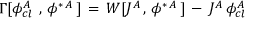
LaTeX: \Gamma [ \phi _ { c l \, \, } ^ { A } \, , \, \phi ^ { \ast \, A } \, ] \, = \, { \cal W } [ J ^ { A } \, , \, \phi ^ { \ast \, A } \, ] \, - \, J ^ { A } \, \phi _ { c l \, } ^ { A }